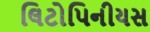
લિટોપિનીયસ